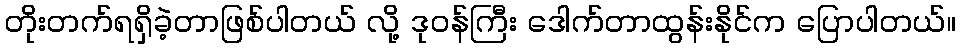
တိုးတက်ရရှိခဲ့တာဖြစ်ပါတယ် လို့ ဒုဝန်ကြီး ဒေါက်တာထွန်းနိုင်က ပြောပါတယ်။